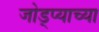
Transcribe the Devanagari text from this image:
जोड्प्याच्या